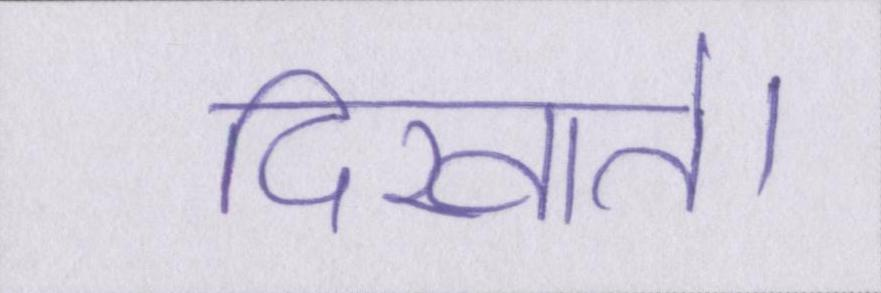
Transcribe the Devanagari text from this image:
दिखाते।